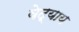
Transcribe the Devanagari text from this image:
वेद्याय